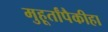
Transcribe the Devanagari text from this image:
मुहूर्तांपैकीहा